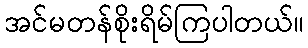
အင်မတန်စိုးရိမ်ကြပါတယ်။